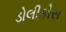
ડોલીકોસ